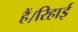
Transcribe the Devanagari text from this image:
हैं।रिहाई